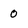
Character: 0